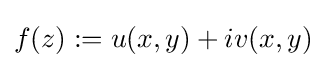
f(z):=u(x,y)+iv(x,y)